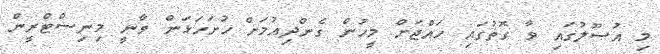
މި އުސޫލުގައި ވާ ގޮތުގައި ހައްޖަށް މީހުން ގެންދިއުމަށް ހުށަހަޅަން ވާނީ މިނިސްޓްރީން